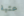
عتبة